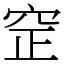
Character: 䆙